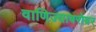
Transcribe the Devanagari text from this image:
वाणिज्याबरोबर